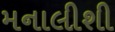
મનાલીશી